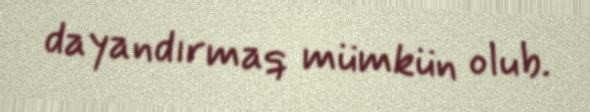
dayandırmaq mümkün olub.